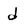
Character: d